Vital statistics of India. Vol. V, Reports of 1876 on armies & jails and on epidemic cholera
Year: 1876
Disease focus: Cholera
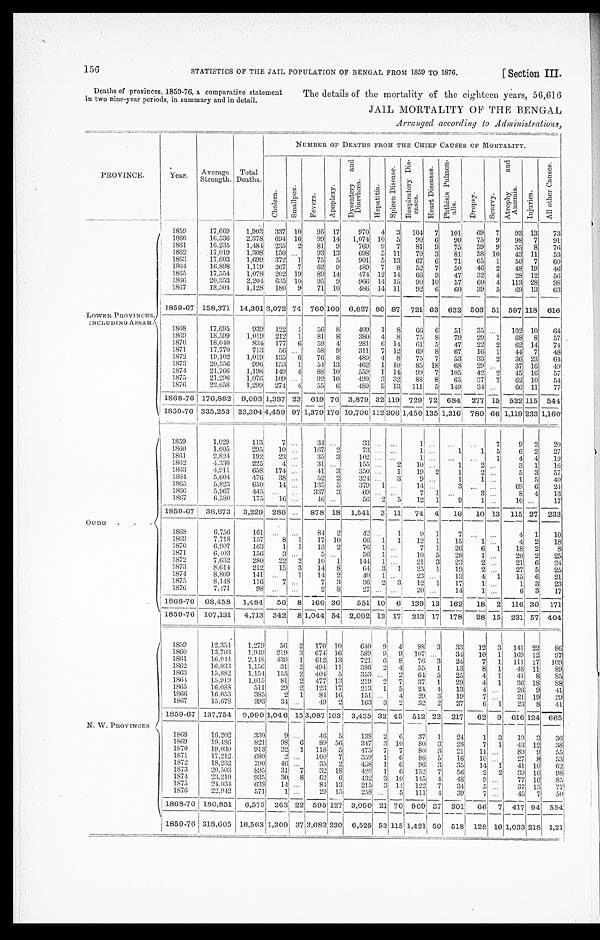
156
STATISTICS OF THE JAIL POPULATION OF BENGAL FROM 1859 TO 1876.
[Section III.
Deaths of provinces, 1859-76, a comparative statement
in two nine-year periods, in summary and in detail.
The details of the mortality of the eighteen years, 56,616
JAIL MORTALITY OF THE BENGAL
Arranged according to Administrations,
PROVINCE.
Year.
Average
Strength.
Total
Deaths.
NUMBER OF DEATHS FROM THE CHIEF CAUSES OF MORTALITY.
C h o l e r a .
S m a l l p o x .
F e v e r s .
A p o p l e x y .
D y s e n t e r y a n d D i a r r h œ a .
H e p a t i t i s .
S p l e e n D i s - e a s e .
R e s p i r a t o r y D i s e a s e s .
H e a r t D i s e a s e s .
P h t h i s i s P u l m o n - a l i s .
D r o p s y .
S c u r v y .
A t r o p h y a n d A n æ m i a .
I n j u r i e s .
A l l o t h e r C a u s e s .
1859
17,669
1,903
337
10
95
17
970
4
3
104
7
101
69
7
93 13
73
1860
16,536
2,378
694
16
99
14
1,074 10
5
90
6
90
75
9
98
7
91
1861
16,235
1,484
235
2
81
9
769
9
7
81
9
75
59
9
55
8
76
1862
17,019
1,308
150
. . .
93
13
698
5
11
79
3
81
58
10
43 11
53
1863
17,603
1,699
372
1
75
5
901
5
13
67
6
71
65
1
50
7
60
1864
16,898
1,119
267
7
62
9
489
7
8
52
7
50
46
2
48 19
46
1865
17,554
1,078
202
19
89
14
474
12
14
66
9
47
32
4
28
12
56
1866
20,353
2,204
635
10
95
9
966
14 15
90
10
57
60
4
113 28
98
1867
18,504
1,128
180
9
71
10
486
14 11
92
6
60
39
5
69
13
63
1859-67 158,371
14,301
3 , 0 7 2
7 4 760 100
6,827 80 87
721 63
632
503 51
597 118
616
LOWER PROVINCES,
INCLUDING ASSAM.
1868
17,695
939
122
1
56
8
409
1
8
66
6
51
35
. . .
102 10
64
1869
18,599
1,019
212
1
81
8
380
4
8
75
8
79
29
1
68
8
57
1870
18,040
834
177
6
59
4
281
6
14
61
5
47
22
2
62
14
74
1871
17,770
713
56
. . .
58
9
311
7
12
69
8
67
16
1
44
7
48
1872
19,102
1,019
135
6
76
8
489
4
8
75
7
53
33
2
36
23
64
1873
20,556
996
153
1
54 13
462
1
10
85
18
68
29
. . .
37
16
49
1874
21,766
1,198
149
4
88 10
559
1
14
99
7
105
42
2
45 16
57
1875
21,296
1,076
109
. . .
92
10
499
3 32
88
8
65
37
7
62
10
54
1876
22,058
1,299
274
4
55
6
489
5
13
111
5
149
34
. . .
66 11
77
1868-76 176,882
9,093 1,387 23
619 76
3,879 32 119
729 72
684
277 15
522 115
544
1859-76 335,253
23,394
4 , 4 5 9 97 1,379 176 10,706
1 1 2
2 0 6
1 , 4 5 0 135 1,31 6
780 66 1,119 233 1,160
1859
1,029
113
7
. . .
34
. . .
3 3
. . .
. . .
1
. . .
. . .
. . .
7
9
2
20
1860
1,605
295
10
. . .
167
2
73
. . . . . .
1
. . .
1
1
5
6
2
27
1861
2,824
192
23
. . .
35
3
102
. . .
. . .
1
. . .
. . .
. . .
1
4
4
19
1862
4,330
225
4
. . .
31
. . .
155
. . .
2
10
. . .
1
2
. . .
3
1
16
1863
4,911
658
174
. . .
41
3
350
. . .
1
19
2
1
2
. . .
5
3
57
1864
5,604
476
38
. . .
52
2
324
. . .
3
9
. . .
1
1
. . .
1
5
40
1865
5,823
650
14
. . .
135
5
379
1
. . .
14
. . .
3
. . .
. . .
6 9
6
2 4
1866
5,967
445
. . .
. . .
337
3
69
. . .
. . .
7
1
. . .
3
. . .
8
4
13
1867
6,580
175
16
. . .
46
. . .
56
2
5
12
1
9
1
. . .
10
. . .
17
1859-67
38,673
3,229 286
. . .
878 18
1,541
3
11
74
4
16
10 13
115 27
233
OUDH . . .
1868
6,756
161
. . .
. . .
84
2
42
. . .
1
9
1
7
. . .
. . .
4
1
10
1869
7,718
157
8
1
17
10
66
1
1
12
1
15
1
. . .
4
2
18
1870
6.907
163
1
1
13
2
76
1
. . .
7
1
26
6
1
18
2
8
1871
6,403
156
3
. . .
5
. . .
56
1
. . .
10
5
28
1
. . .
20
2
25
1872
7,632
280
22
2
10
1
144
1
. . .
21
3
23
2
. . .
21
6
24
1873
8,614
212
15
3
14
8
64
3
1
25
1
19
2
. . .
27
5
25
1874
8,809
141
. . .
1
14
2
40
1
. . .
23
. . .
13
4
1
15
6
21
1875
8,148
116
7
. . .
7
3
36
2
3
12
1
17
1
. . .
1
3
23
1876
7,471
98
. . .
. . .
2
8
2 7
. . .
. . .
20
. . .
14
1
. . .
6
3
17
1868-76
68,458
1,484
56
8
166 36
551 10
6
139 13
162
18
2
116 30
171
1859-76
107,131
4,713
342
8 1,044 54
2,092 13 17
213 17
178
28 15
231 57
404
1859
12,354
1,279
56
2
170
10
640
9
4
88
3
33
12
3
141
22
86
1860
13,703
1,949
219
3
674
16
589
9
9
107
. . .
34
10
1
169
12
97
1861
16,044
2,148
439
1
612
13
721
6
8
76
3
24
7
1
111
17
109
1862
16,033
1,156
31
2
494
11
386
2
4
55
1
13
8
1
48
11
89
1863
15,882
1,154
155
2
404
5
353
. . .
2
64
5
25
4
1
41
8
85
1864
15,919
1,015
8 1
2
477
13
219
2
7
37
1
29
4
1
36
1 8
8 8
1865
16,088
511
29
2
123
17
213
1
5
24
4
13
4
. . .
26
9
41
1866
16,053
385
2
1
84 16
151
. . .
4
29
3
19
7
. . .
21
19
2 9
1867
15,678
393
34
. . .
49
2
163
3
2
32
2
27
6
1
23
8
41
1859-67
137,754
9,990 1,046 15 3,087 103
3,435 32 45 512 22
217
62
9
6 1 6 124
665
N. W. PROVINCES
1868
16,202
330
9
. . .
4 6
5
138
2
6
37
1
24
1
3
1 9
3
36
1869
19,48631
821
98
6
89
56
347
3
10
80
3
28
7
1
43
12
38
1870
19,030
913
32
1
118
5
475
7
7
80
3
21
11
. . .
8 9
9
55
1871
17,212
680
2
. . .
100
7
359
1
6
86
5
16
10
. . .
2 7
8
53
1872
18,232
790
46
. . .
35
2
438
1
6
96
3
35
14
1
41
10
62
1873
20,503
895
31
7
32
1 8
428
1
6
152
7
56
2
2
39
16
9 8
1874
23,210
935
30
8
62
6
432
3 10
145
4
48
9
. . .
77
16
85
1875
24,034
638
14
. . .
84
13
215
3
14
122
7
34
5
. . .
37
13
77
1876
22,942
571
1
. . .
29
15
258
. . .
5
111
4
39
7
. . .
45
7
50
1868-76 180,851
6,573
2 6 3
22
595
1 2 7
3,090
21
70
909 37
301
6 6
7
417 94
554
1859-76 318,605
16,563 1,309
3 7
3 , 6 8 2
230
6,525 53 115 1,421 59
518
128 16 1,033 2 1 8
1,21